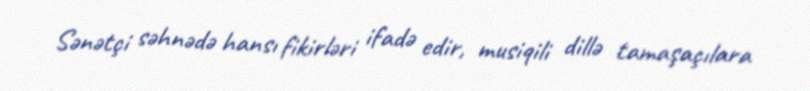
Sənətçi səhnədə hansı fikirləri ifadə edir, musiqili dillə tamaşaçılara